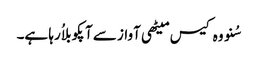
سُنو وہ کیس میٹھی آواز سے آپکو بلاُ رہا ہے۔